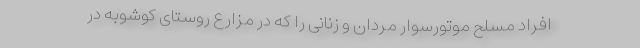
افراد مسلح موتورسوار مردان و زنانی را که در مزارع روستای کوشوبه در